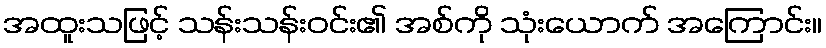
အထူးသဖြင့် သန်းသန်းဝင်း၏ အစ်ကို သုံးယောက် အကြောင်း။